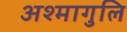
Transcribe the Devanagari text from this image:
अश्मागुलि